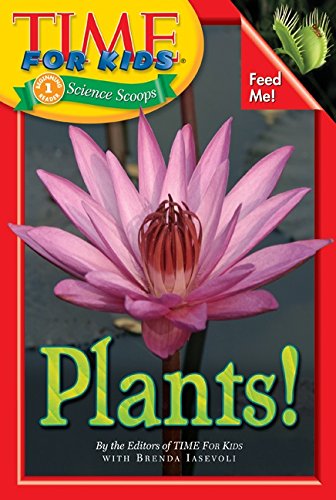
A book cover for Time For Kids: Plants! (Time for Kids Science Scoops); Editors of TIME For Kids; Children's Books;